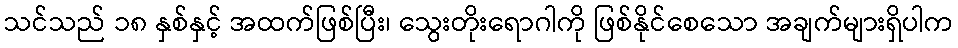
သင်သည် ၁၈ နှစ်နှင့် အထက်ဖြစ်ပြီး၊ သွေးတိုးရောဂါကို ဖြစ်နိုင်စေသော အချက်များရှိပါက